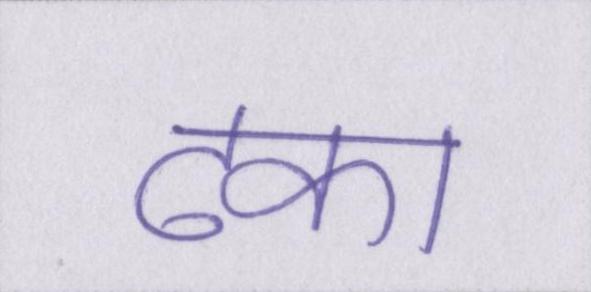
ढका